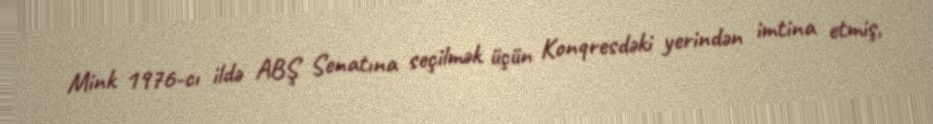
Mink 1976-cı ildə ABŞ Senatına seçilmək üçün Konqresdəki yerindən imtina etmiş,